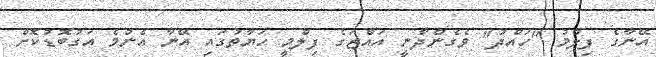
އޭނާގެ ފިލްމު "ހައްދު" ވެގެންދާނީ އައްޒަގެ ފިލްމީ ހަޔާތުގައި އޭނާ އެންމެ އަގުބޮޑުކޮށް